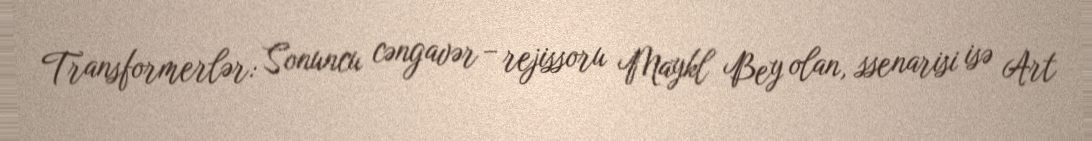
Transformerlər: Sonuncu cəngavər – rejissoru Maykl Bey olan, ssenarisi isə Art